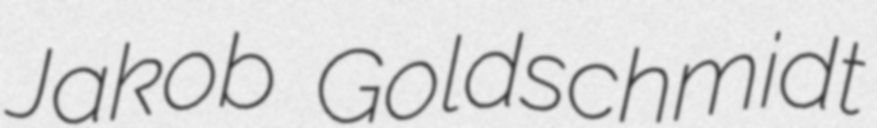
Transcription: Jakob Goldschmidt